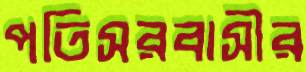
পতিসরবাসীর